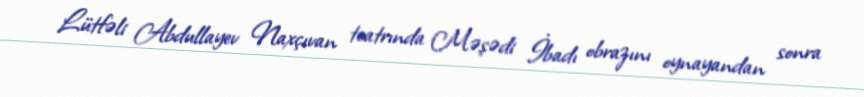
Lütfəli Abdullayev Naxçıvan teatrında Məşədi İbadı obrazını oynayandan sonra